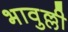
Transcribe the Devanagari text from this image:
भावुल्ली